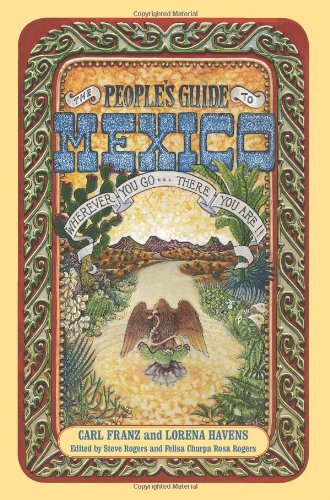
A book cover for The People's Guide to Mexico; Carl Franz; Travel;